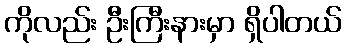
ကိုလည်း ဦးကြီးနားမှာ ရှိပါတယ်